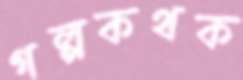
গল্পকথক